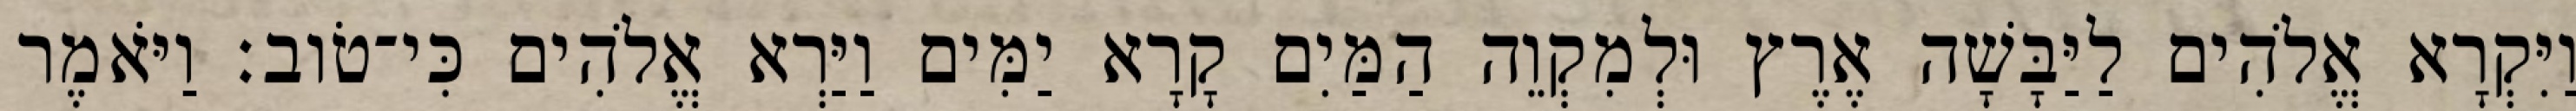
וַיִּקְרָא אֱלֹהִים לַיַּבָּשָׁה אֶרֶץ וּלְמִקְוֵה הַמַּיִם קָרָא יַמִּים וַיַּרְא אֱלֹהִים כִּי־טֹוב׃ וַיֹּאמֶר